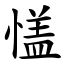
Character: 㦈